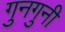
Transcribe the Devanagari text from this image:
गुनगुनी